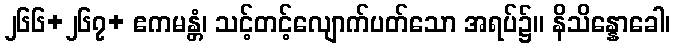
၂၆၆+၂၆၇+ ဧကမန္တံ၊ သင့်တင့်လျောက်ပတ်သော အရပ်၌။ နိသိန္နောခေါ၊